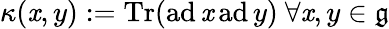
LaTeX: \kappa(\mathit{x},y):={\textrm{{Tr}}}({\textrm{{ad}}}\, \mathit{x}\, {\textrm{{ad}}}\, y)\ \forall\mathit{x},y\in{\mathfrak{{g}}}